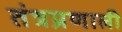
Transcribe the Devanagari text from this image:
तंत्रप्रणाली